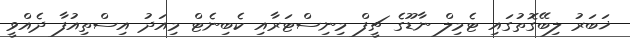
ޚަބަރު ލިބޭގޮތުގައި ޓެމިލް ނާޑޫގެ ޗީފް މިނިސްޓަރާއި ކެބިނެޓް މިއަދު އިސްތިއުފާ ދެއްވީ